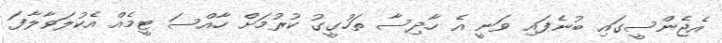
އެޖެންސީގައި ބުނެފައި ވަނީ އެ ހާދިސާ ތަހުގީގު ކުރުމަށް ހާއްސަ ޓީމެއް އެކުލަވާލާފަ